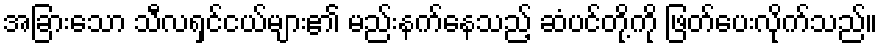
အခြားသော သီလရှင်ငယ်များ၏ မည်းနက်နေသည့် ဆံပင်တို့ကို ဖြတ်ပေးလိုက်သည်။